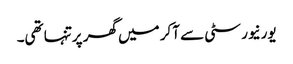
یورنیورسٹی سے آکر میں گھر پرتنہا تھی۔